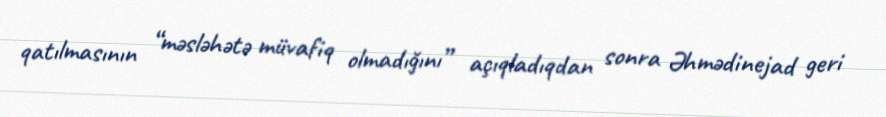
qatılmasının “məsləhətə müvafiq olmadığını” açıqladıqdan sonra Əhmədinejad geri